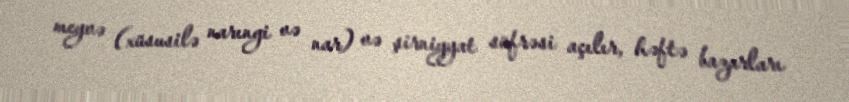
meyvə (xüsusilə narıngi və nar) və şirniyyat süfrəsi açılır, həftə bazarları